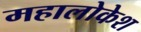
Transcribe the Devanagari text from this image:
महालोकेश